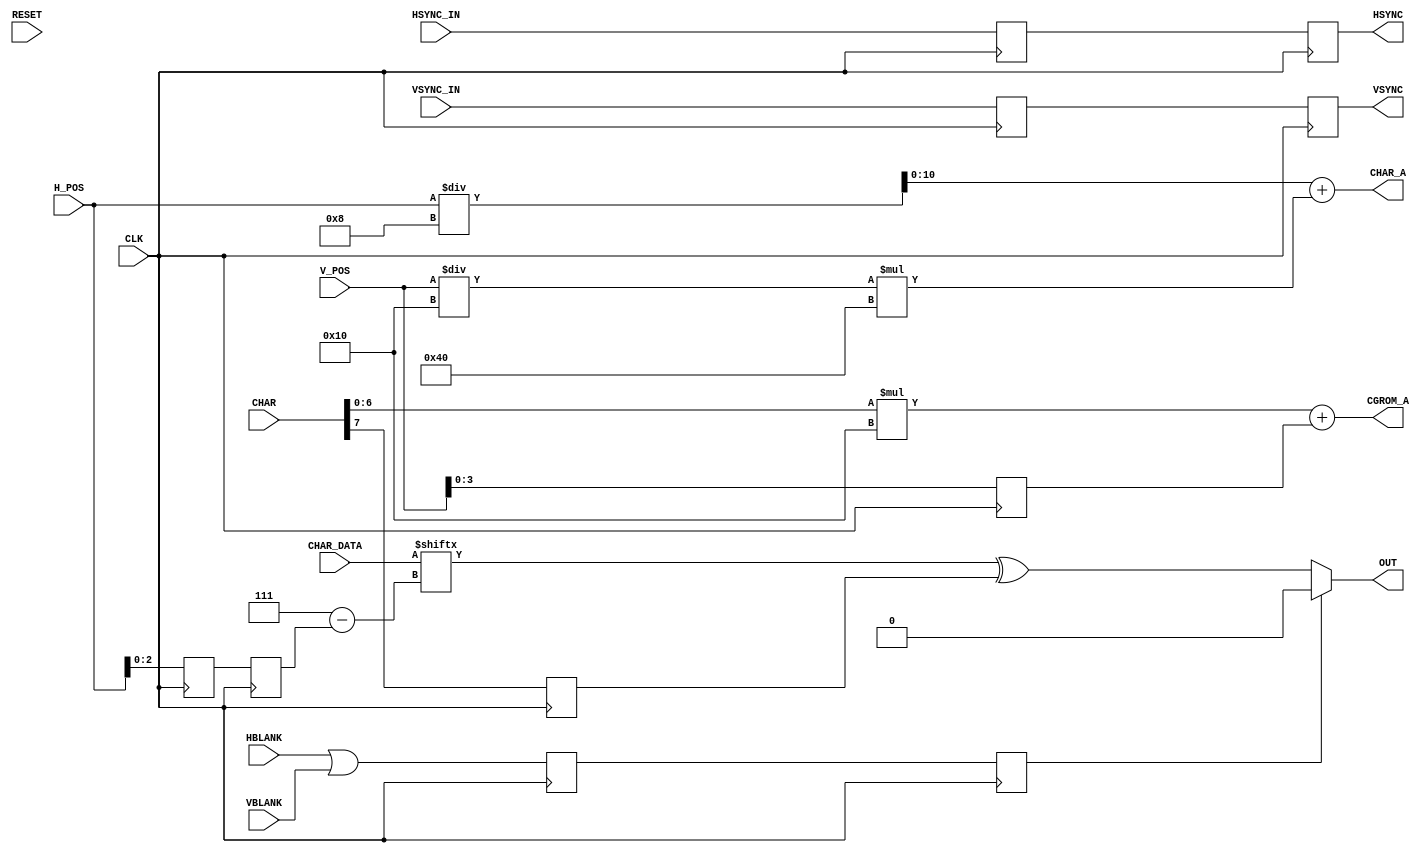
module VideoChargen (
    input CLK,
    input RESET,

    input HSYNC_IN,
    input VSYNC_IN,
    input HBLANK,
    input VBLANK,
    input [9:0] H_POS,
    input [9:0] V_POS,

    output [10:0] CHAR_A,
    input [7:0] CHAR,

    output [10:0] CGROM_A,
    input [7:0] CHAR_DATA,

    output HSYNC,
    output VSYNC,
    output OUT

);

    reg HSYNC_1, HSYNC_2, VSYNC_1, VSYNC_2;
    reg BLANK_1, BLANK_2, INVERT_1;

    reg [2:0] H_POS_1, H_POS_2;
    reg [3:0] V_POS_1;

    always @ (posedge CLK)
    begin
        HSYNC_1 <= HSYNC_IN;
        HSYNC_2 <= HSYNC_1;
        VSYNC_1 <= VSYNC_IN;
        VSYNC_2 <= VSYNC_1;
        BLANK_1 <= HBLANK || VBLANK;
        BLANK_2 <= BLANK_1;

        H_POS_1 <= H_POS[2:0];
        H_POS_2 <= H_POS_1;

        V_POS_1 <= V_POS[3:0];

        INVERT_1 <= CHAR[7];
    end

    assign HSYNC = HSYNC_2;
    assign VSYNC = VSYNC_2;

/* verilator lint_off WIDTH */
    assign CGROM_A = CHAR[6:0] * 16 + V_POS_1;
    assign CHAR_A  = H_POS / 8 + V_POS / 16 * 64;
/* verilator lint_on WIDTH */

    assign OUT = BLANK_2 ? 1'b0 : (CHAR_DATA[7 - H_POS_2] ^ INVERT_1);

endmodule